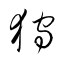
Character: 狩